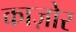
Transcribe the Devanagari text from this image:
काज़ोर